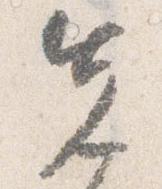
先